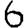
Digit: 6